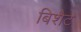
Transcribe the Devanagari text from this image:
बिशैट